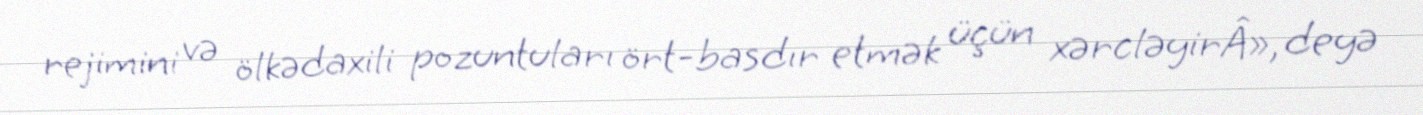
rejimini və ölkədaxili pozuntuları ört-basdır etmək üçün xərcləyirÂ», deyə